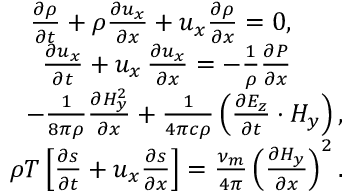
\begin{array} { r } { \frac { \partial \rho } { \partial t } + \rho \frac { \partial { u _ { x } } } { \partial x } + u _ { x } \frac { \partial { \rho } } { \partial x } = 0 , \qquad } \\ { \frac { \partial { u _ { x } } } { \partial t } + u _ { x } \, \frac { \partial { u _ { x } } } { \partial x } = - \frac { 1 } { \rho } \frac { \partial { P } } { \partial x } \qquad } \\ { - \frac { 1 } { 8 \pi \rho } \frac { \partial { H _ { y } ^ { 2 } } } { \partial x } + \frac { 1 } { 4 \pi c \rho } \left( \frac { \partial { E _ { z } } } { \partial t } \cdot H _ { y } \right) , } \\ { \rho T \left[ \frac { \partial { s } } { \partial t } + u _ { x } \frac { \partial { s } } { \partial x } \right] = \frac { \nu _ { m } } { 4 \pi } \left( \frac { \partial { H _ { y } } } { \partial x } \right) ^ { 2 } . } \end{array}